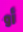
أو